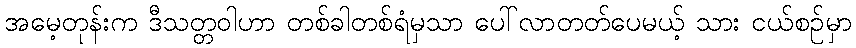
အမေ့တုန်းက ဒီသတ္တဝါဟာ တစ်ခါတစ်ရံမှသာ ပေါ်လာတတ်ပေမယ့် သား ငယ်စဉ်မှာ